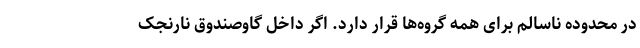
در محدوده ناسالم برای همه گروه‌ها قرار دارد. اگر داخل گاوصندوق نارنجک